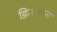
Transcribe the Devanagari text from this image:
डिजाइन्स